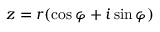
z = r ( \cos \varphi + i \sin \varphi )